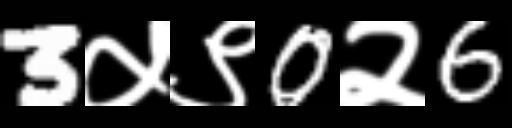
Text: 3५९0२6